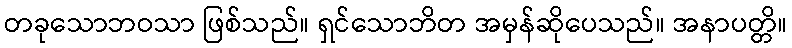
တခုသောဘဝသာ ဖြစ်သည်။ ရှင်သောဘိတ အမှန်ဆိုပေသည်။ အနာပတ္တိ။